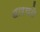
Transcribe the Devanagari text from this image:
धारयते